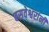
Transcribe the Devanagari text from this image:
बसवेश्वरांनी